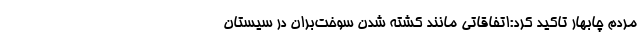
مردم چابهار تاکید کرد:اتفاقاتی مانند کشته شدن سوخت‌بران در سیستان